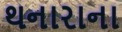
થનારાના